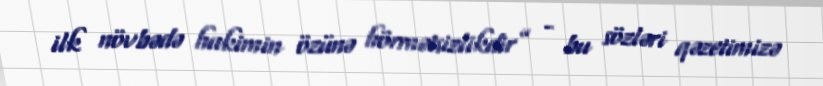
ilk növbədə hakimin özünə hörmətsizlikdir” - bu sözləri qəzetimizə